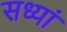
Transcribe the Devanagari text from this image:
सध्यां